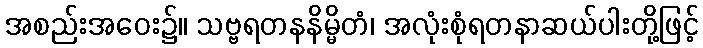
အစည်းအဝေး၌။ သဗ္ဗရတနနိမ္မိတံ၊ အလုံးစုံရတနာဆယ်ပါးတို့ဖြင့်